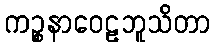
ကဉ္စနာဝေဠဘူသိတာ